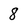
Character: 8